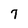
Character: 7